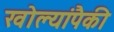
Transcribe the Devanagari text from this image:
खोल्यांपैकी